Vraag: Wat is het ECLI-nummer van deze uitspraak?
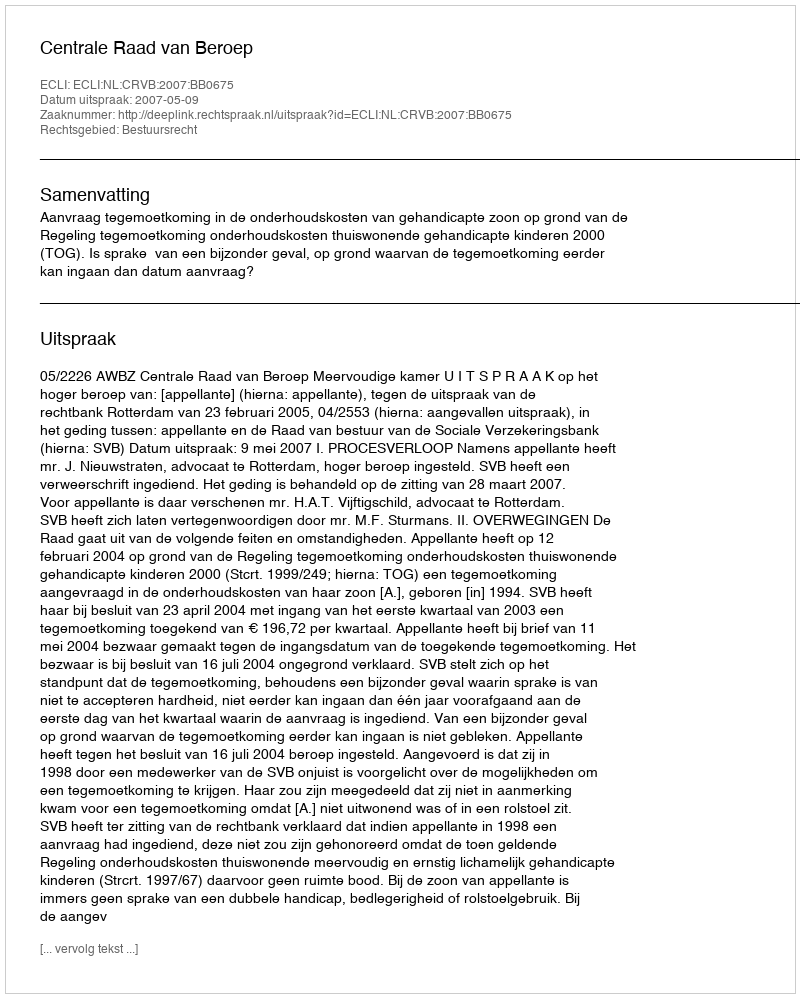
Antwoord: ECLI:NL:CRVB:2007:BB0675